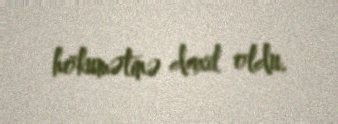
hökumətinə daxil oldu.